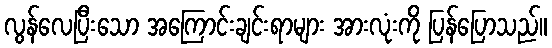
လွန်လေပြီးသော အကြောင်းချင်းရာများ အားလုံးကို ပြန်ပြောသည်။